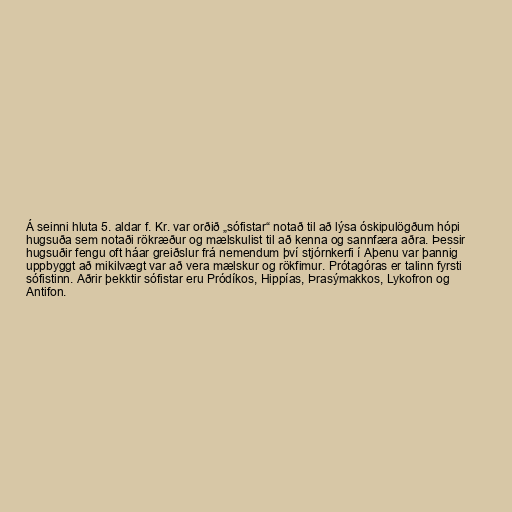
Á seinni hluta 5. aldar f. Kr. var orðið „sófistar“ notað til að lýsa óskipulögðum hópi
hugsuða sem notaði rökræður og mælskulist til að kenna og sannfæra aðra. Þessir
hugsuðir fengu oft háar greiðslur frá nemendum því stjórnkerfi í Aþenu var þannig
uppbyggt að mikilvægt var að vera mælskur og rökfimur. Prótagóras er talinn fyrsti
sófistinn. Aðrir þekktir sófistar eru Pródíkos, Hippías, Þrasýmakkos, Lykofron og
Antifon.